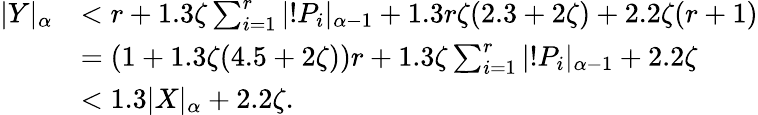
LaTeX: \begin{array}{rl}{|Y|_{\alpha}}&{<r+1.3\zeta\sum_{i=1}^{r}|!P_{i}|_{\alpha-1}+1.3r\zeta(2.3+2\zeta)+2.2\zeta(r+1)}\\ &{=(1+1.3\zeta(4.5+2\zeta))r+1.3\zeta\sum_{i=1}^{r}|!P_{i}|_{\alpha-1}+2.2\zeta}\\ &{<1.3|X|_{\alpha}+2.2\zeta.}\end{array}